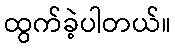
ထွက်ခဲ့ပါတယ်။